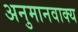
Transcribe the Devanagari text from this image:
अनुमानवाक्य